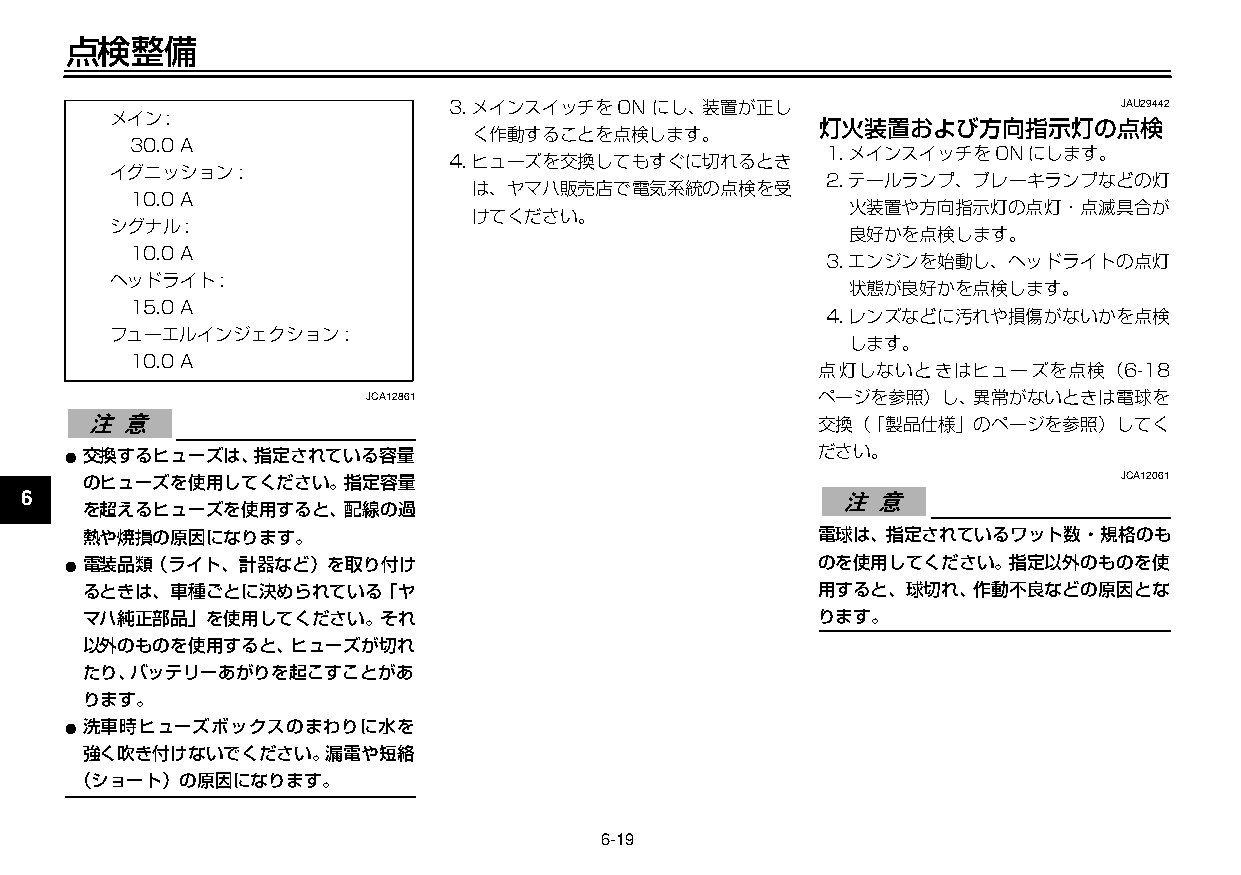
U3C5J7J0 19ページ ２００９年１１月４日 水曜日 午前９時４７分
 点検整備
 3.メインスイッチをON にし、装置が正し                       JAU29442
 メイン:
 灯火装置および方向指示灯の点検
 く作動することを点検します。
 30.0A
 1.メインスイッチをONにします。
 4.ヒューズを交換してもすぐに切れるとき
 イグニッション:
 2.テールランプ、ブレーキランプなどの灯
 は、ヤマハ販売店で電気系統の点検を受
 1      10.0A
 火装置や方向指示灯の点灯・点滅具合が
 シグナル:
 けてください。
 良好かを点検します。
 2      10.0A                                         3.エンジンを始動し、ヘッドライトの点灯
 ヘッドライト:
 状態が良好かを点検します。
 15.0A
 3                                                    4.レンズなどに汚れや損傷がないかを点検
 フューエルインジェクション:
 します。
 10.0A
 点灯しないときはヒューズを点検（6-18
 4
 JCA12861                      ページを参照）し、異常がないときは電球を
 交換（「製品仕様」のページを参照）してく
 5
 ●交換するヒューズは、指定されている容量                              ださい。
 のヒューズを使用してください。指定容量                                                 JCA12061
 6
 を超えるヒューズを使用すると、配線の過
 熱や焼損の原因になります。                                   電球は、指定されているワット数・規格のも
 7
 ●電装品類（ライト、計器など）を取り付け                              のを使用してください。指定以外のものを使
 るときは、車種ごとに決められている「ヤ                             用すると、球切れ、作動不良などの原因とな
 8   マハ純正部品」を使用してください。それ                             ります。
 以外のものを使用すると、ヒューズが切れ
 9   たり、バッテリーあがりを起こすことがあ
 ります。
 ●洗車時ヒューズボックスのまわりに水を
 強く吹き付けないでください。漏電や短絡
 （ショート）の原因になります。
 6-19